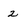
Character: 2